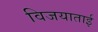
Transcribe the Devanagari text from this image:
विजयाताई